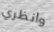
وانظري